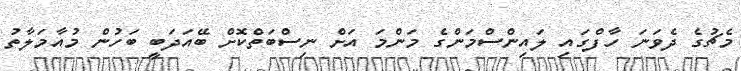
މެޗުގެ ދެވަނަ ހާފްގައި ލައިންސްމަންގެ މަންމަ އަށް ނިސްބަތްކޮށް ބޭއަދަބީ ބަހުން މުއާމަލާތު